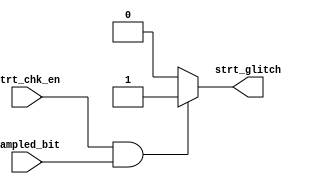
module strt_check (input wire strt_chk_en,
                   input wire sampled_bit,
                   output reg strt_glitch);

    always @(*) begin
        if (strt_chk_en && sampled_bit) 
            strt_glitch = 1'b1;
        else
            strt_glitch = 1'b0;
    end
            
endmodule